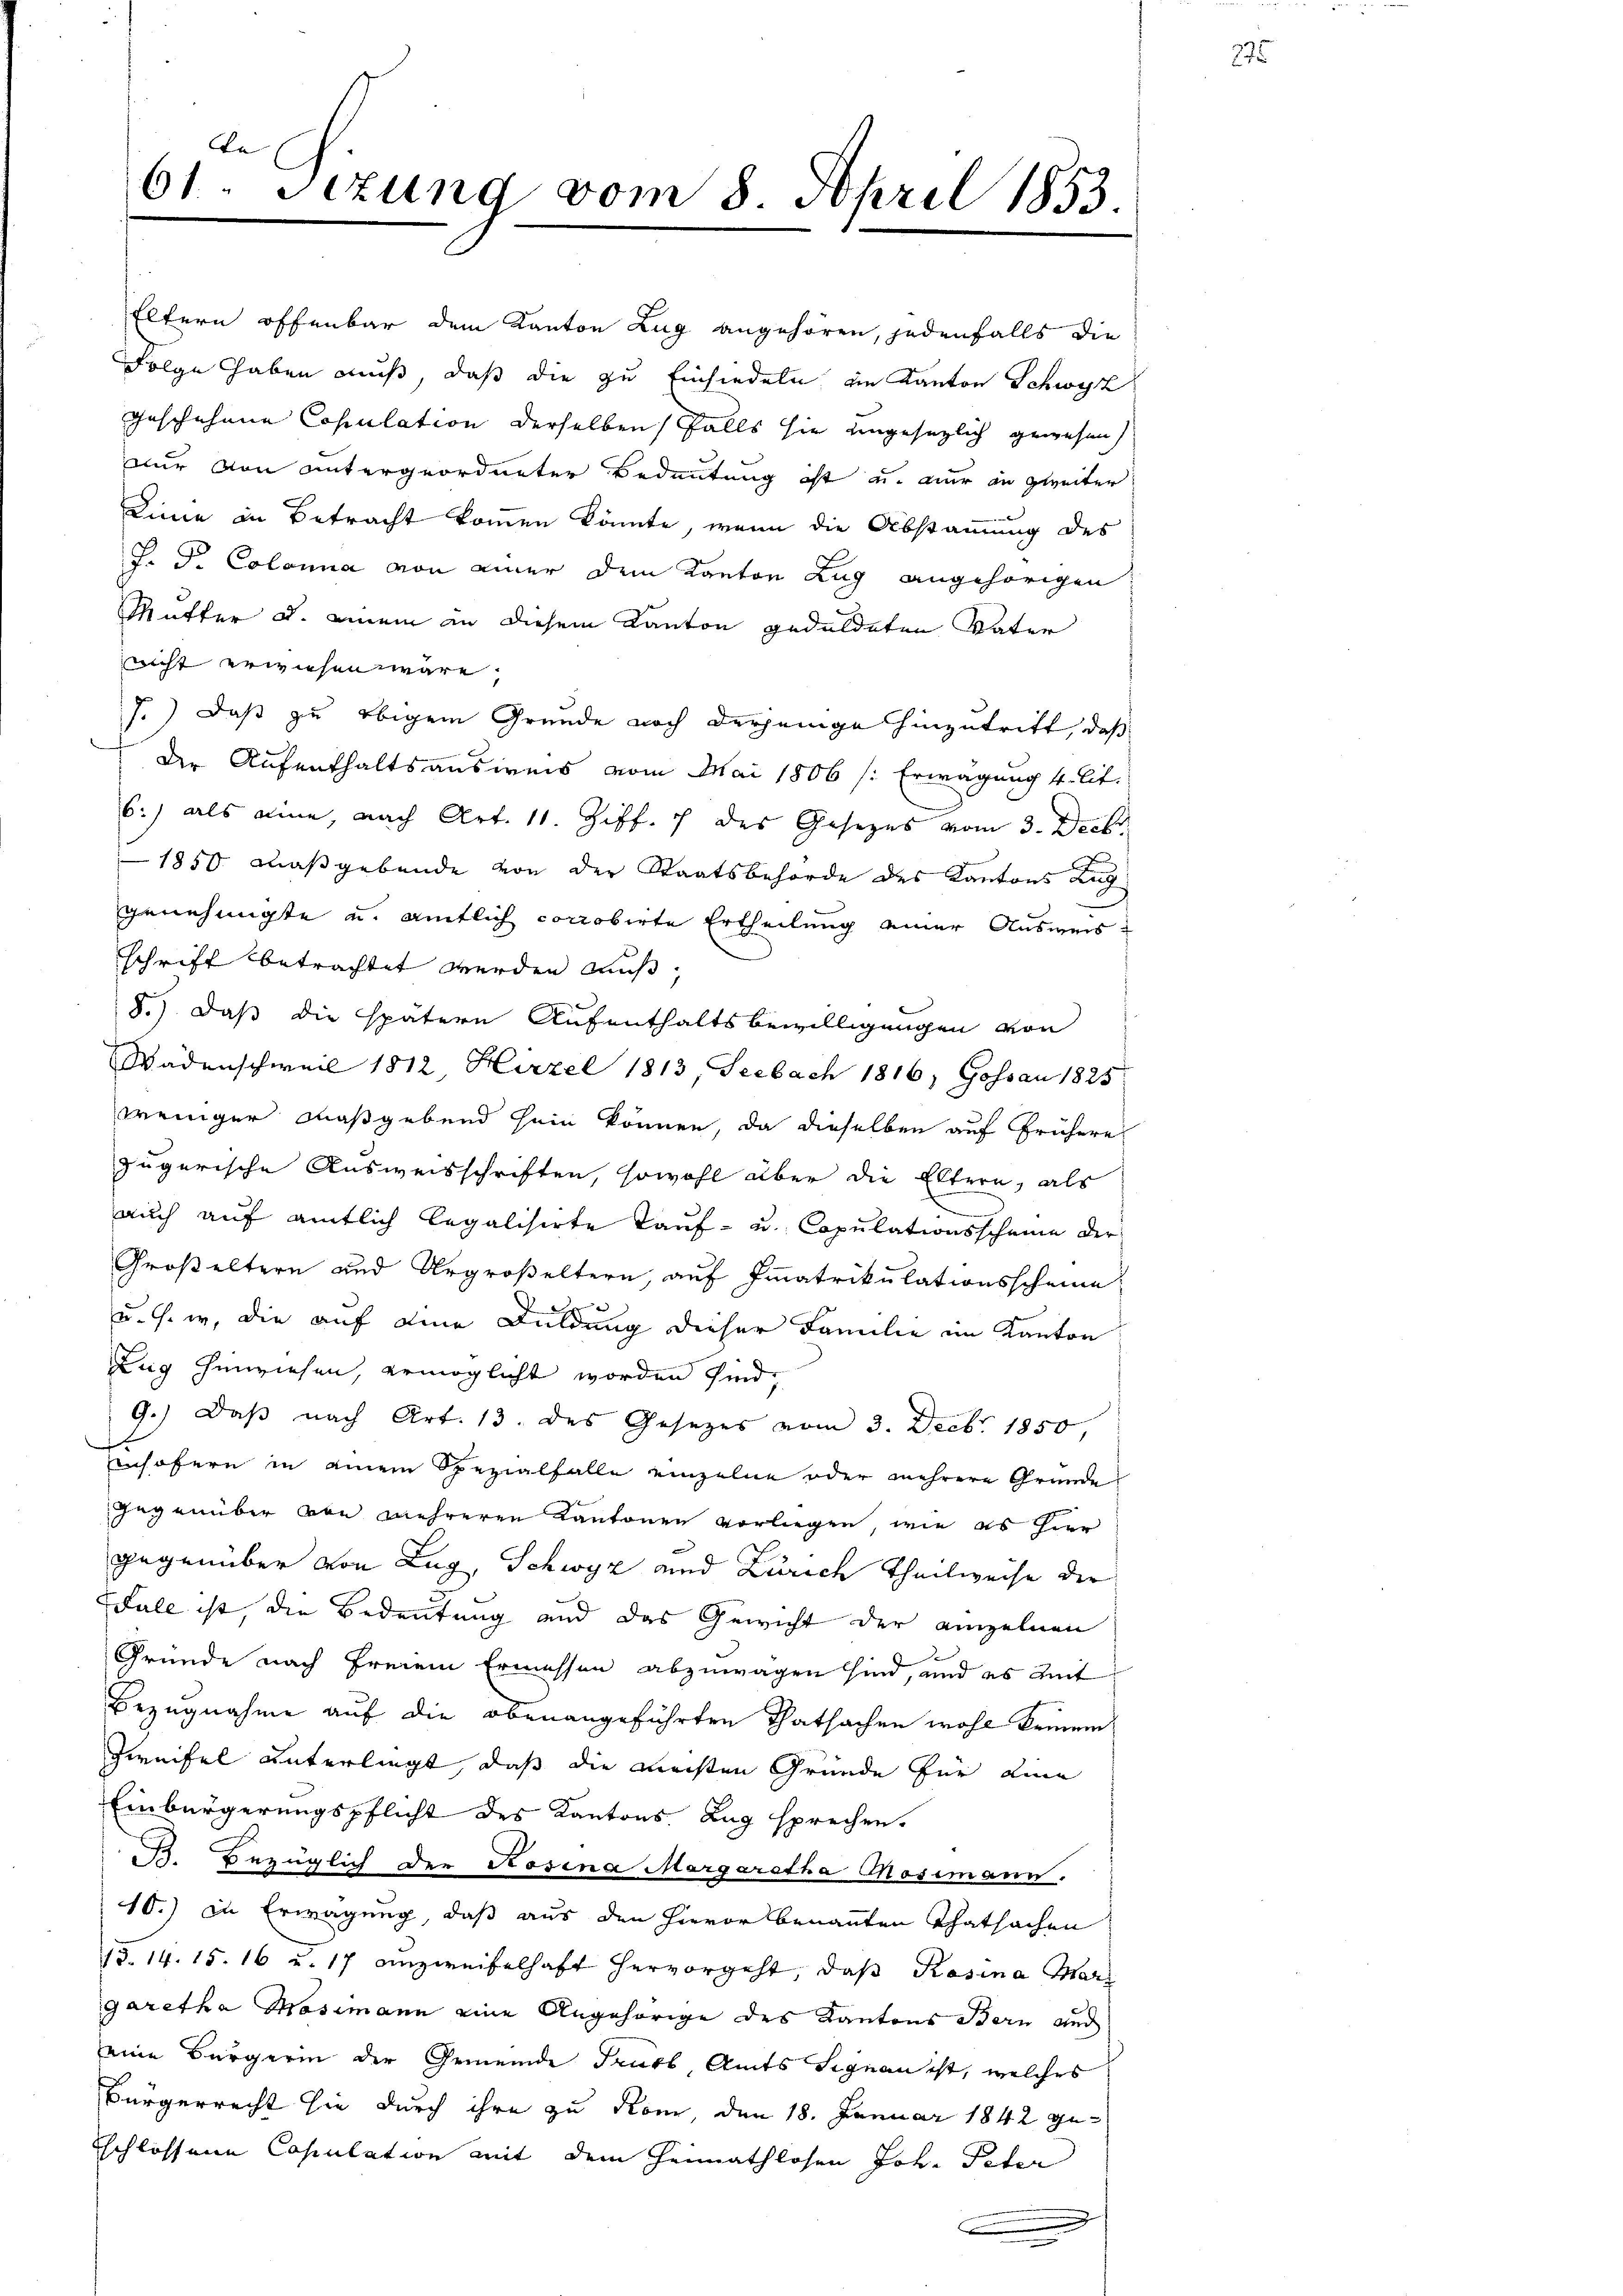
61. Sezung vom 8. April 1853.

Linne in Betracht kommen könnte, wenn die Abstammung des
J. Dr. Colona von einer dem Kanton Zug angehörigen
Mutter d. einein an diesem Kanton geduldeten Vater
nicht erwiesen wäre,
7.) Daß zu obigem Grunde noch derjenige hinzutritt, daß
Der Aufenthaltsausweis vom Mai 1806 /: Erwägung 4. lit.
6:) als eine, nach Art. 11. Ziff. 7 des Gesetzes vom 3. Deck
1850 maßgebende von der Staatsbehörde des Kantons Zug
genehmigte u. amtlich corrobirte Ertheilung einer Ausweisschrift betrachtet werden muß,
8.) Daß die spätere Aufenthaltsbewilligungen von
Wädenschweil 1812, Hirzel 1813, Seebach 1816, Gossau 1825.
weniger maßgebend sein können, da dieselben auf frühere
zugerische Ausweisschriften, sowohl über die Eltern, als
auch auf amtlich legalisirte Kauf- u. Copulationsscheine der
Großeltern und Urgroßeltern, auf Immatrikulationsscheine
u. s. w. die auf eine Duldung dieser Familie im Kanton
Zug hinwiesen, ermöglicht worden sind.
9.) Daß nach Art. 13. des Gesezes vom 3. Decbr. 1850,
insofern in einem Spezialfalle einzelne oder mehrere Gründe
Gegenüber von mehreren Kantonen vorliegen, wie es hier
gegenüber von Zug, Schwyz und Zürich Theilweise der
Fall ist, die Bedeutung und das Gewicht der einzelnen
Gründe nach freiem Ermessen abzuwagen sind, und es mit
Bezugnahme auf die obenangeführten Thatsachen wohl keinem
Zweifel unterliegt, daß die meisten Gründe für eine
Einbürgerungspflicht des Kantons Zug sprechen.
B. Bezüglich der Rosina Margaretha Mosimann.
10.) In Erwägung, daß aus den hievor benannten Thatsachen
15. 14. 15. 16 u. 17 anzweifelhaft hervorgeht, daβ Kasina Mar
garetha Mosimann eine Angehörige des Kantons Bern und
eine Bürgerin der Gemeinde Taufs Amts Signau ist, welches
Bürgerrecht sie durch ihre zu Rom, den 18. Januar 1842 getschlossene Copulation mit dem Heimathlosen Joh. Peter

Eltern offenbar dem Kanton Zug angehören, jedenfalls die
Folge haben muß, daß die zu Einsiedeln im Kanton Schwyz
geschehene Copulation derselben falls sie ungesezlich gewesen
nur von untergeordneter Bedeutung ist u. nur in zweiter